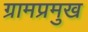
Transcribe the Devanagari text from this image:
ग्रामप्रमुख